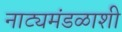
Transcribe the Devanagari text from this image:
नाट्यमंडळाशी